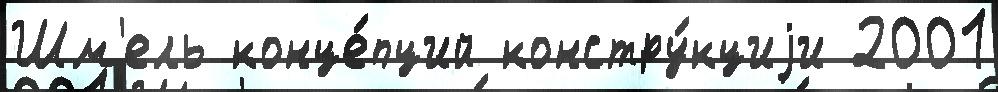
Шм'ель конце́пций констру́кциjи 2001